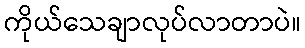
ကိုယ်သေချာလုပ်လာတာပဲ။